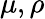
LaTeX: \mu,\rho